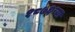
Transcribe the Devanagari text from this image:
१८७६च्या